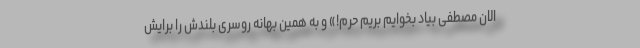
الان مصطفی بیاد بخوایم بریم حرم!» و به همین بهانه روسری بلندش را برایش